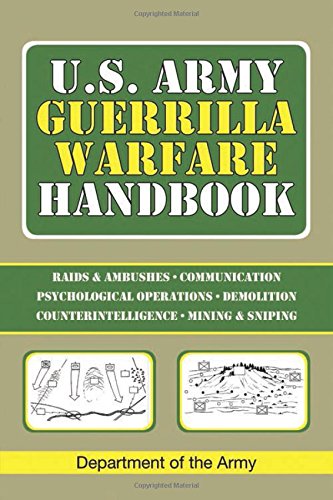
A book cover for U.S. Army Guerrilla Warfare Handbook; Army; History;